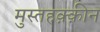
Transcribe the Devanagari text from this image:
मुस्तहक़्क़ीन